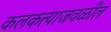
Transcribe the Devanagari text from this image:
कलकत्त्याजवळील